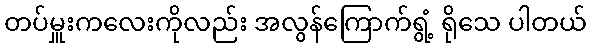
တပ်မှူးကလေးကိုလည်း အလွန်ကြောက်ရွံ့ ရိုသေ ပါတယ်